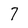
Character: 7